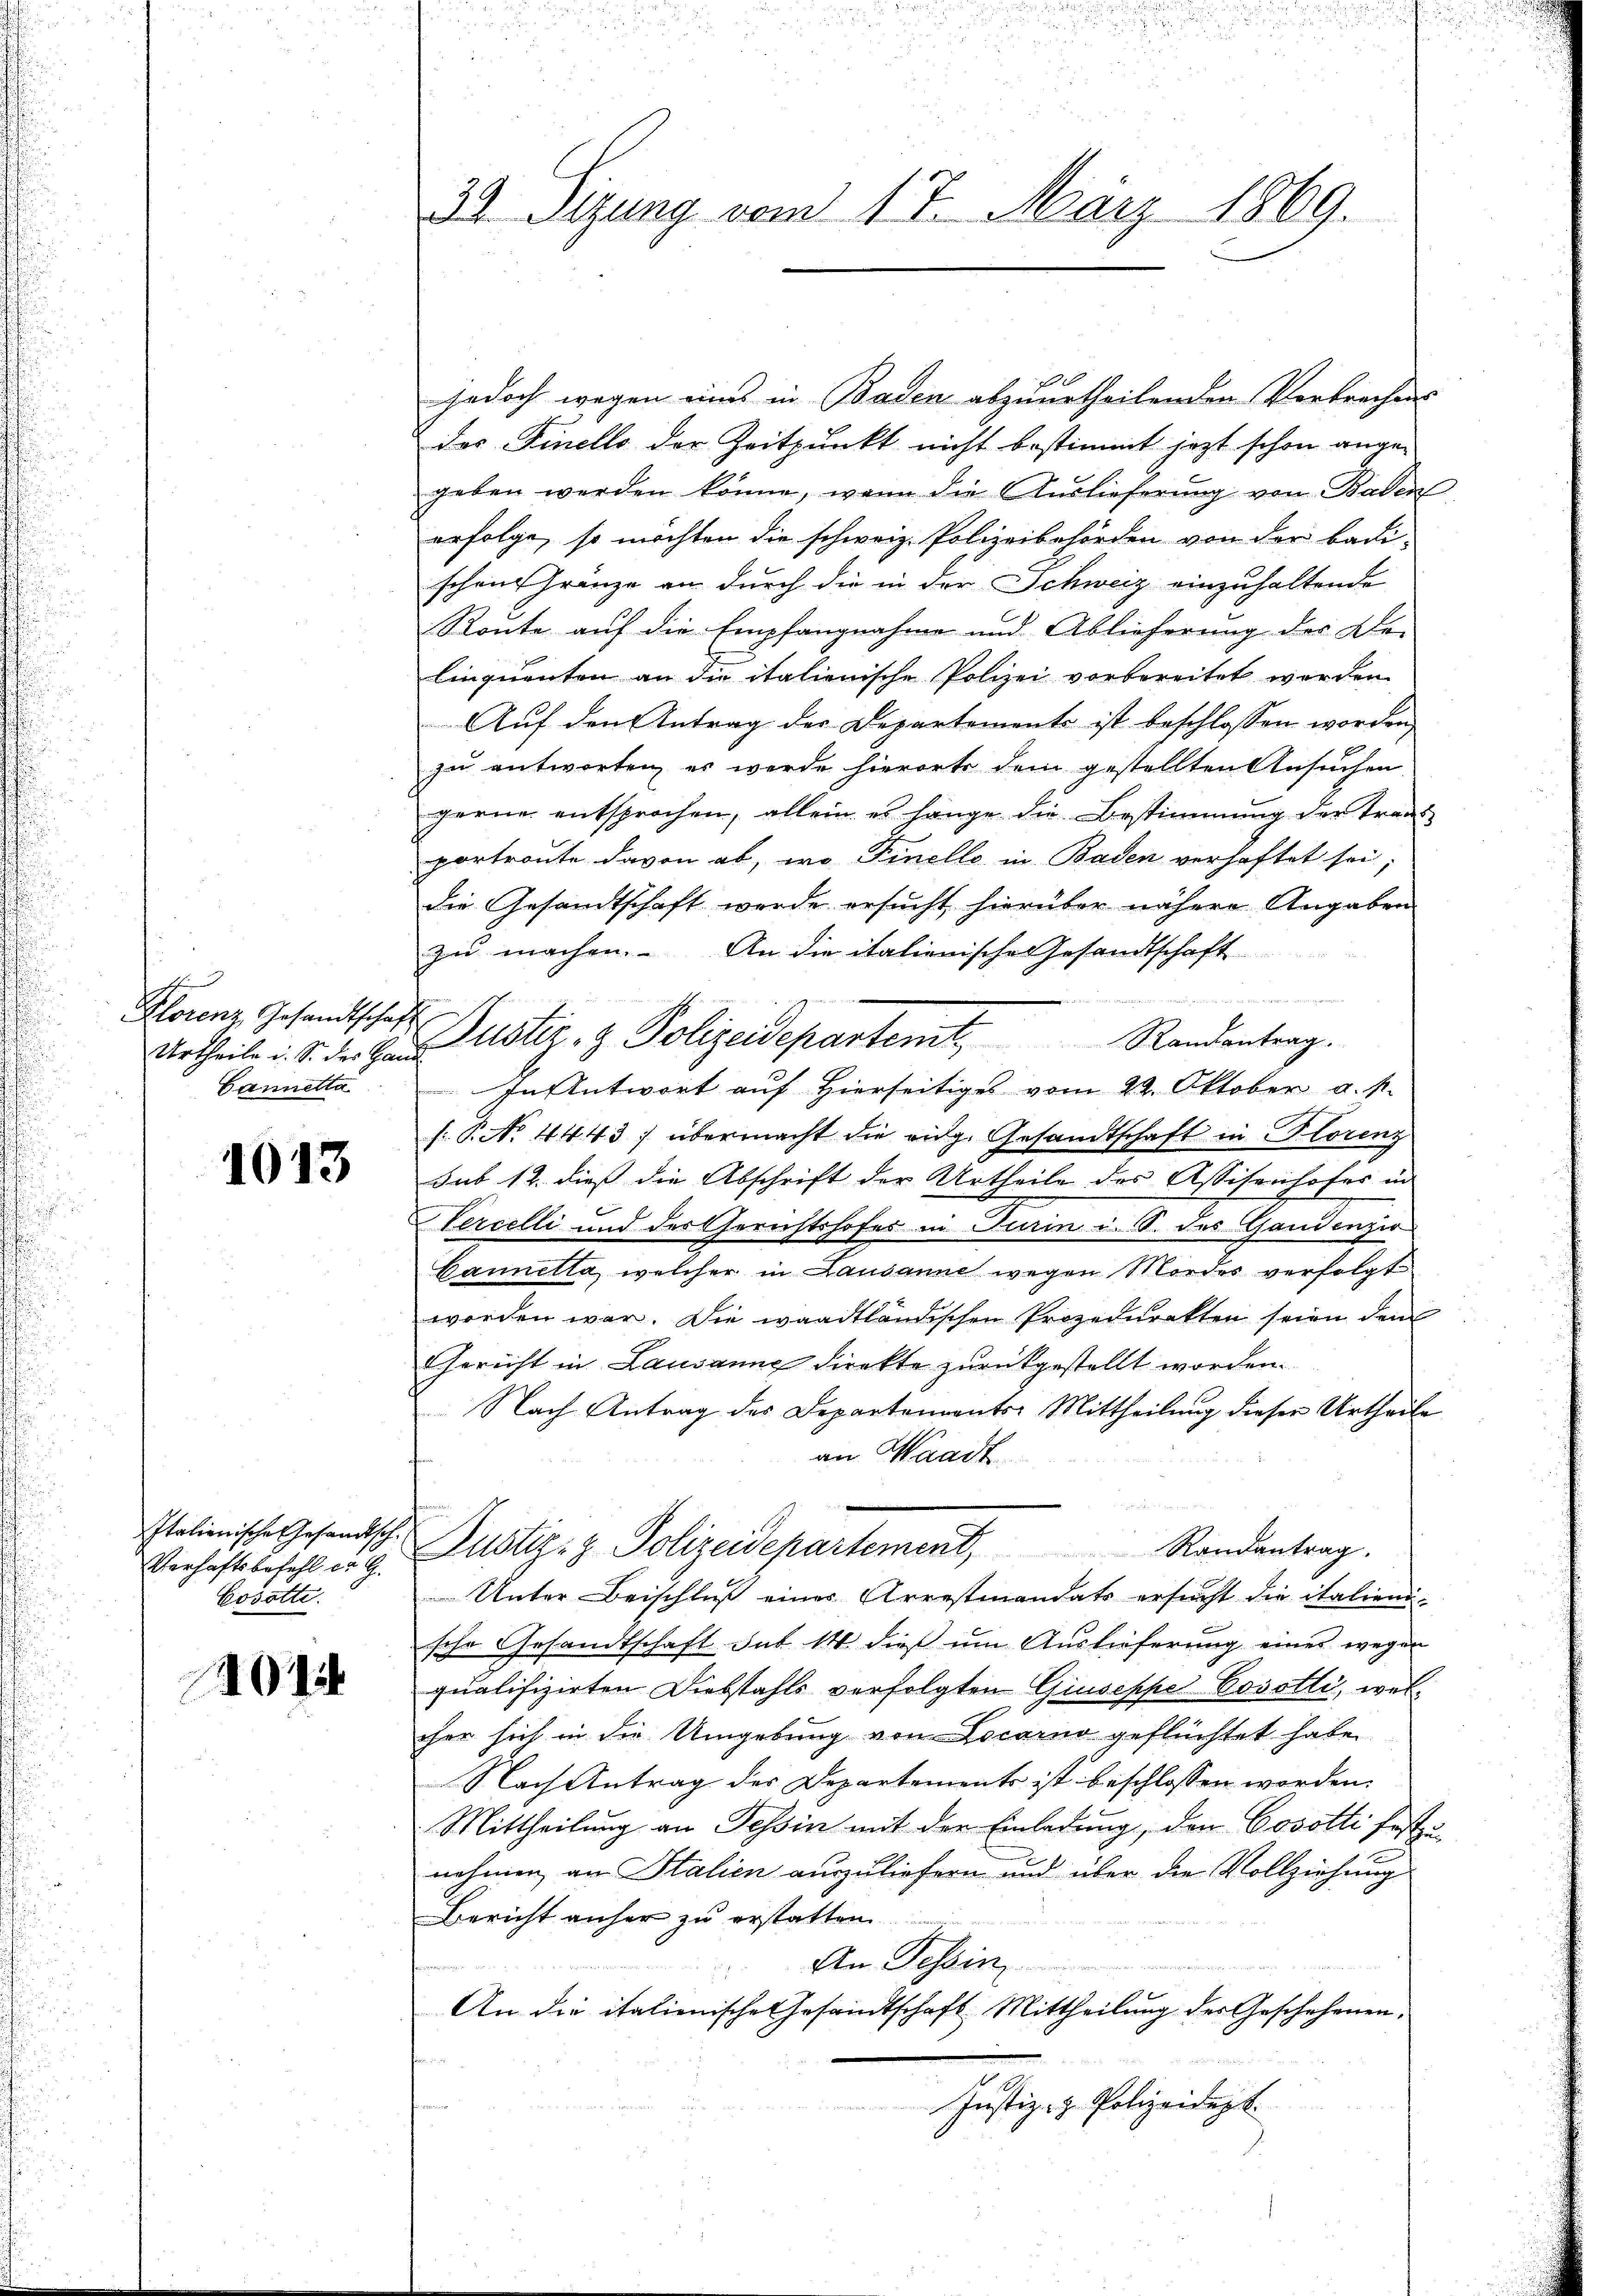
Florenz, Gesandtschaft
Urtheile u. S. der Han
Cannetta

1013

Italienische Gesandtsch.
Verhaftsbefehl er G.
Cosatte.

4014

33. Sizung vom 17. März 1869.

jedoch wegen uns in Baden abzuurtheilenden Verbrechens
das Finello der Zeitpunkt nicht bestimmt jezt schon ange-
geben werden könne, wenn die Auslieferung von Baden
erfolge, so möchten die schweiz. Polizeibehörden von der Badischon Gränze an durch die in der Schweiz einzuhaltende
Ronte auf die Empfangnahme und Ablieferung des De-
linquenten an die italienische Polizei vorbereitet werden.
Auf den Antrag der Departements ist beschlossen worden,
E
zu antworten, es werde hierorte dem gestellten Ansuchen
gerne entsprochen, allein es hänge die Bestimmung der Trans
portraute davon ab, wo Finello in Baden verhaftet sei;
die Gesandtschaft werde ersucht hierüber nähere Angaben
zu machen. An die italienische Gesandtschaft
u
In Antwort auf Hierseitiges vom 22. Oktober d. M.
s: P. Nr. 4443; übermacht die eidg. Gesandtschaft in Florenz
sub 12. dieß die Abschrift der Urtheile des Assisenhofes in
Hercelli und der Gerichtshofes in Turin i. S. des Gandenzio
Cannella, welcher in Lausanne wegen Morder verfolgt
worden war. Die waadtländischen Prozedurekten seien dem
Gericht in Lausanne direkte zurückgestellt worden.
Nach Antrag des Departements-Mittheilung dieser Urtheile
an Waadt
t. Justiz- & Polizeidepartement, Randantrag.
Unter Beischluß eines Arrestmandats ersucht die italienische Gesandtschaft. sub 14 dieß um Auslieferung eines wegen
qualifizirten Diebstahls verfolgten Giuseppe Bosotli, welher sich in die Umgebung von Locarno geflüchtet habe.
Nach Antrag der Departements ist beschlossen worden.
Mittheilung an Tessin mit der Einladung, den Cosotti festnehmen an Stalien auszuliefern und über die Vollziehung
Bericht anher zu erstatten.
An Tessin
An die italienische Gesandtschaft Mittheilung der Geschehenen,
Justiz- & Polizeidept.

Justiz- & Polizeidepartemt. Randantrag.